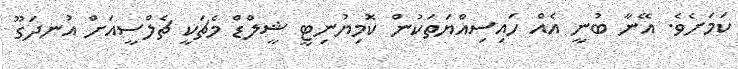
ކަމަށެވެ. އޭނާ ބުނީ އެއް ހައިސިއްޔަތަކުން ކޮމިޔުނިޓީ ޝީލްޑް މެޗަކީ ޗެލްސީއަށް އުނދަގޫ